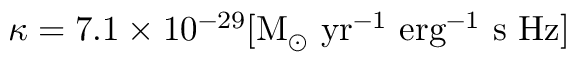
\kappa = 7 . 1 \times 1 0 ^ { - 2 9 } [ \mathrm { M } _ { \odot } \ \mathrm { y r } ^ { - 1 } \ \mathrm { e r g } ^ { - 1 } \ \mathrm { s } \ \mathrm { H z } ]